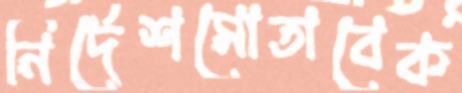
নির্দেশমোতাবেক